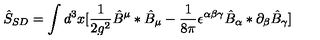
\hat { S } _ { S D } = \int d ^ { 3 } x [ \frac { 1 } { 2 g ^ { 2 } } \hat { B } ^ { \mu } * \hat { B } _ { \mu } - \frac { 1 } { 8 \pi } \epsilon ^ { \alpha \beta \gamma } \hat { B } _ { \alpha } * \partial _ { \beta } \hat { B } _ { \gamma } ]